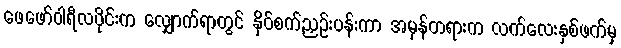
ဖေဖော်ဝါရီလပိုင်းက လျှောက်ရာတွင် နှိပ်စက်ညှဉ်းပန်းကာ အမှန်တရားက လက်လေးနှစ်ဖက်မှ